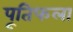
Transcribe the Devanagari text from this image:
पूतिफला